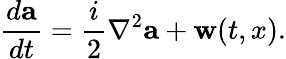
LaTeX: \frac{d\mathbf{a}}{dt}=\frac{i}{2}\nabla^{2}\mathbf{a}+\mathbf{w}(t,x).